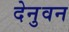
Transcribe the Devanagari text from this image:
देनुवन